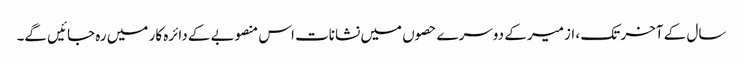
سال کے آخر تک ، ازمیر کے دوسرے حصوں میں نشانات اس منصوبے کے دائرہ کار میں رہ جائیں گے۔